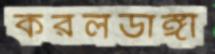
করলডাঙ্গা